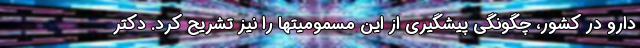
دارو در کشور، چگونگی پیشگیری از این مسمومیتها را نیز تشریح کرد. دکتر